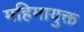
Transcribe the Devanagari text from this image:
महिमायुक्त